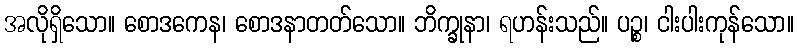
အလိုရှိသော။ စောဒကေန၊ စောဒနာတတ်သော။ ဘိက္ခုနာ၊ ရဟန်းသည်။ ပဉ္စ၊ ငါးပါးကုန်သော။